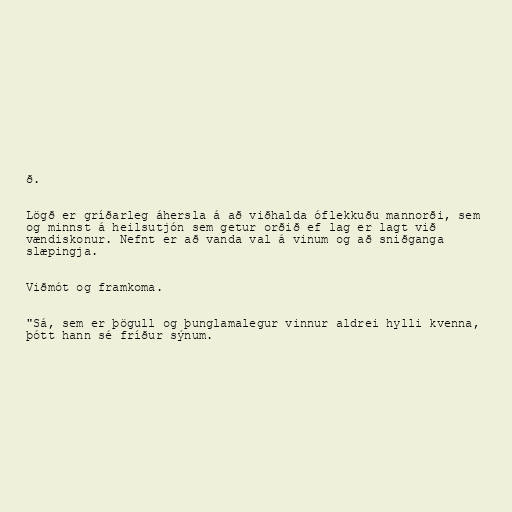
ð.

Lögð er gríðarleg áhersla á að viðhalda óflekkuðu mannorði, sem
og minnst á heilsutjón sem getur orðið ef lag er lagt við
vændiskonur. Nefnt er að vanda val á vinum og að sniðganga
slæpingja.

Viðmót og framkoma.

"Sá, sem er þögull og þunglamalegur vinnur aldrei hylli kvenna,
þótt hann sé fríður sýnum.